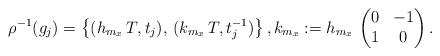
LaTeX: \begin{align*} \rho^{-1} (g_j) =\left\{(h_{m_x}\,T, t_j),\, (k_{m_x}\,T,t_j^{-1})\right\},k_{m_x}:= h_{m_x} \,\begin{pmatrix} 0&-1\\1&0\end{pmatrix}.\end{align*}